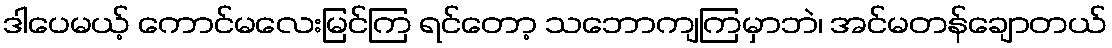
ဒါပေမယ့် ကောင်မလေးမြင်ကြ ရင်တော့ သဘောကျကြမှာဘဲ၊ အင်မတန်ချောတယ်